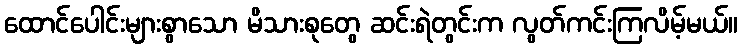
ထောင်ပေါင်းများစွာသော မိသားစုတွေ ဆင်းရဲတွင်းက လွတ်ကင်းကြလိမ့်မယ်။